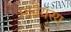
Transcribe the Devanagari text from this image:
माहेयस्य